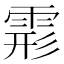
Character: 𩃋